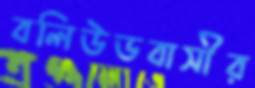
বলিউডবাসীর